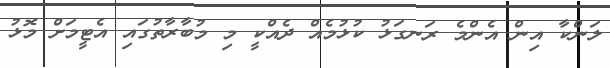
ލަންކާ އިން އެންމެ ރަނގަޅު ކުޅުމެއް ދެއްކީ މި މުބާރާތުގައި އެޓީމަށް މޮޅު